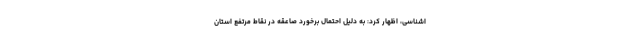
اشناسی، اظهار کرد: به دلیل احتمال برخورد صاعقه در نقاط مرتفع استان